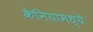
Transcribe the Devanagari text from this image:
केनियामध्ये